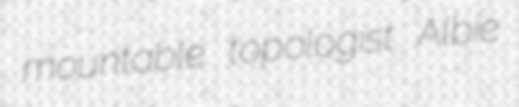
mountable topologist Albie